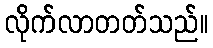
လိုက်လာတတ်သည်။